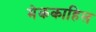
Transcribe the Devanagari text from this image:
मेककाहिल